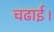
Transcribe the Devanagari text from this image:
चढाई।